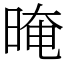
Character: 晻